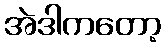
အဲဒါကတော့